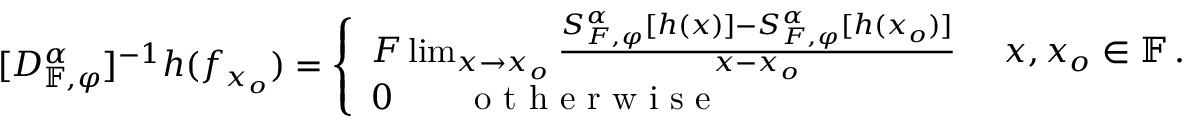
[ D _ { \mathbb { F } , \varphi } ^ { \alpha } ] ^ { - 1 } h ( f _ { x _ { o } } ) = \left\{ \begin{array} { l l } { F \operatorname* { l i m } _ { x \rightarrow x _ { o } } \frac { S _ { F , \varphi } ^ { \alpha } [ h ( x ) ] - S _ { F , \varphi } ^ { \alpha } [ h ( x _ { o } ) ] } { x - x _ { o } } ~ ~ ~ ~ x , x _ { o } \in \mathbb { F } \, . } \\ { 0 \qquad \textrm { o t h e r w i s e } } \end{array} \right.